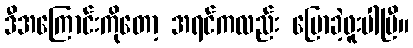
ဒီအကြောင်းကိုတော့ အရင်ကလည်း ပြောခဲ့ဖူးပါပြီ။